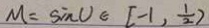
M = \sin V \in [ - 1 , \frac { 1 } { 2 } )